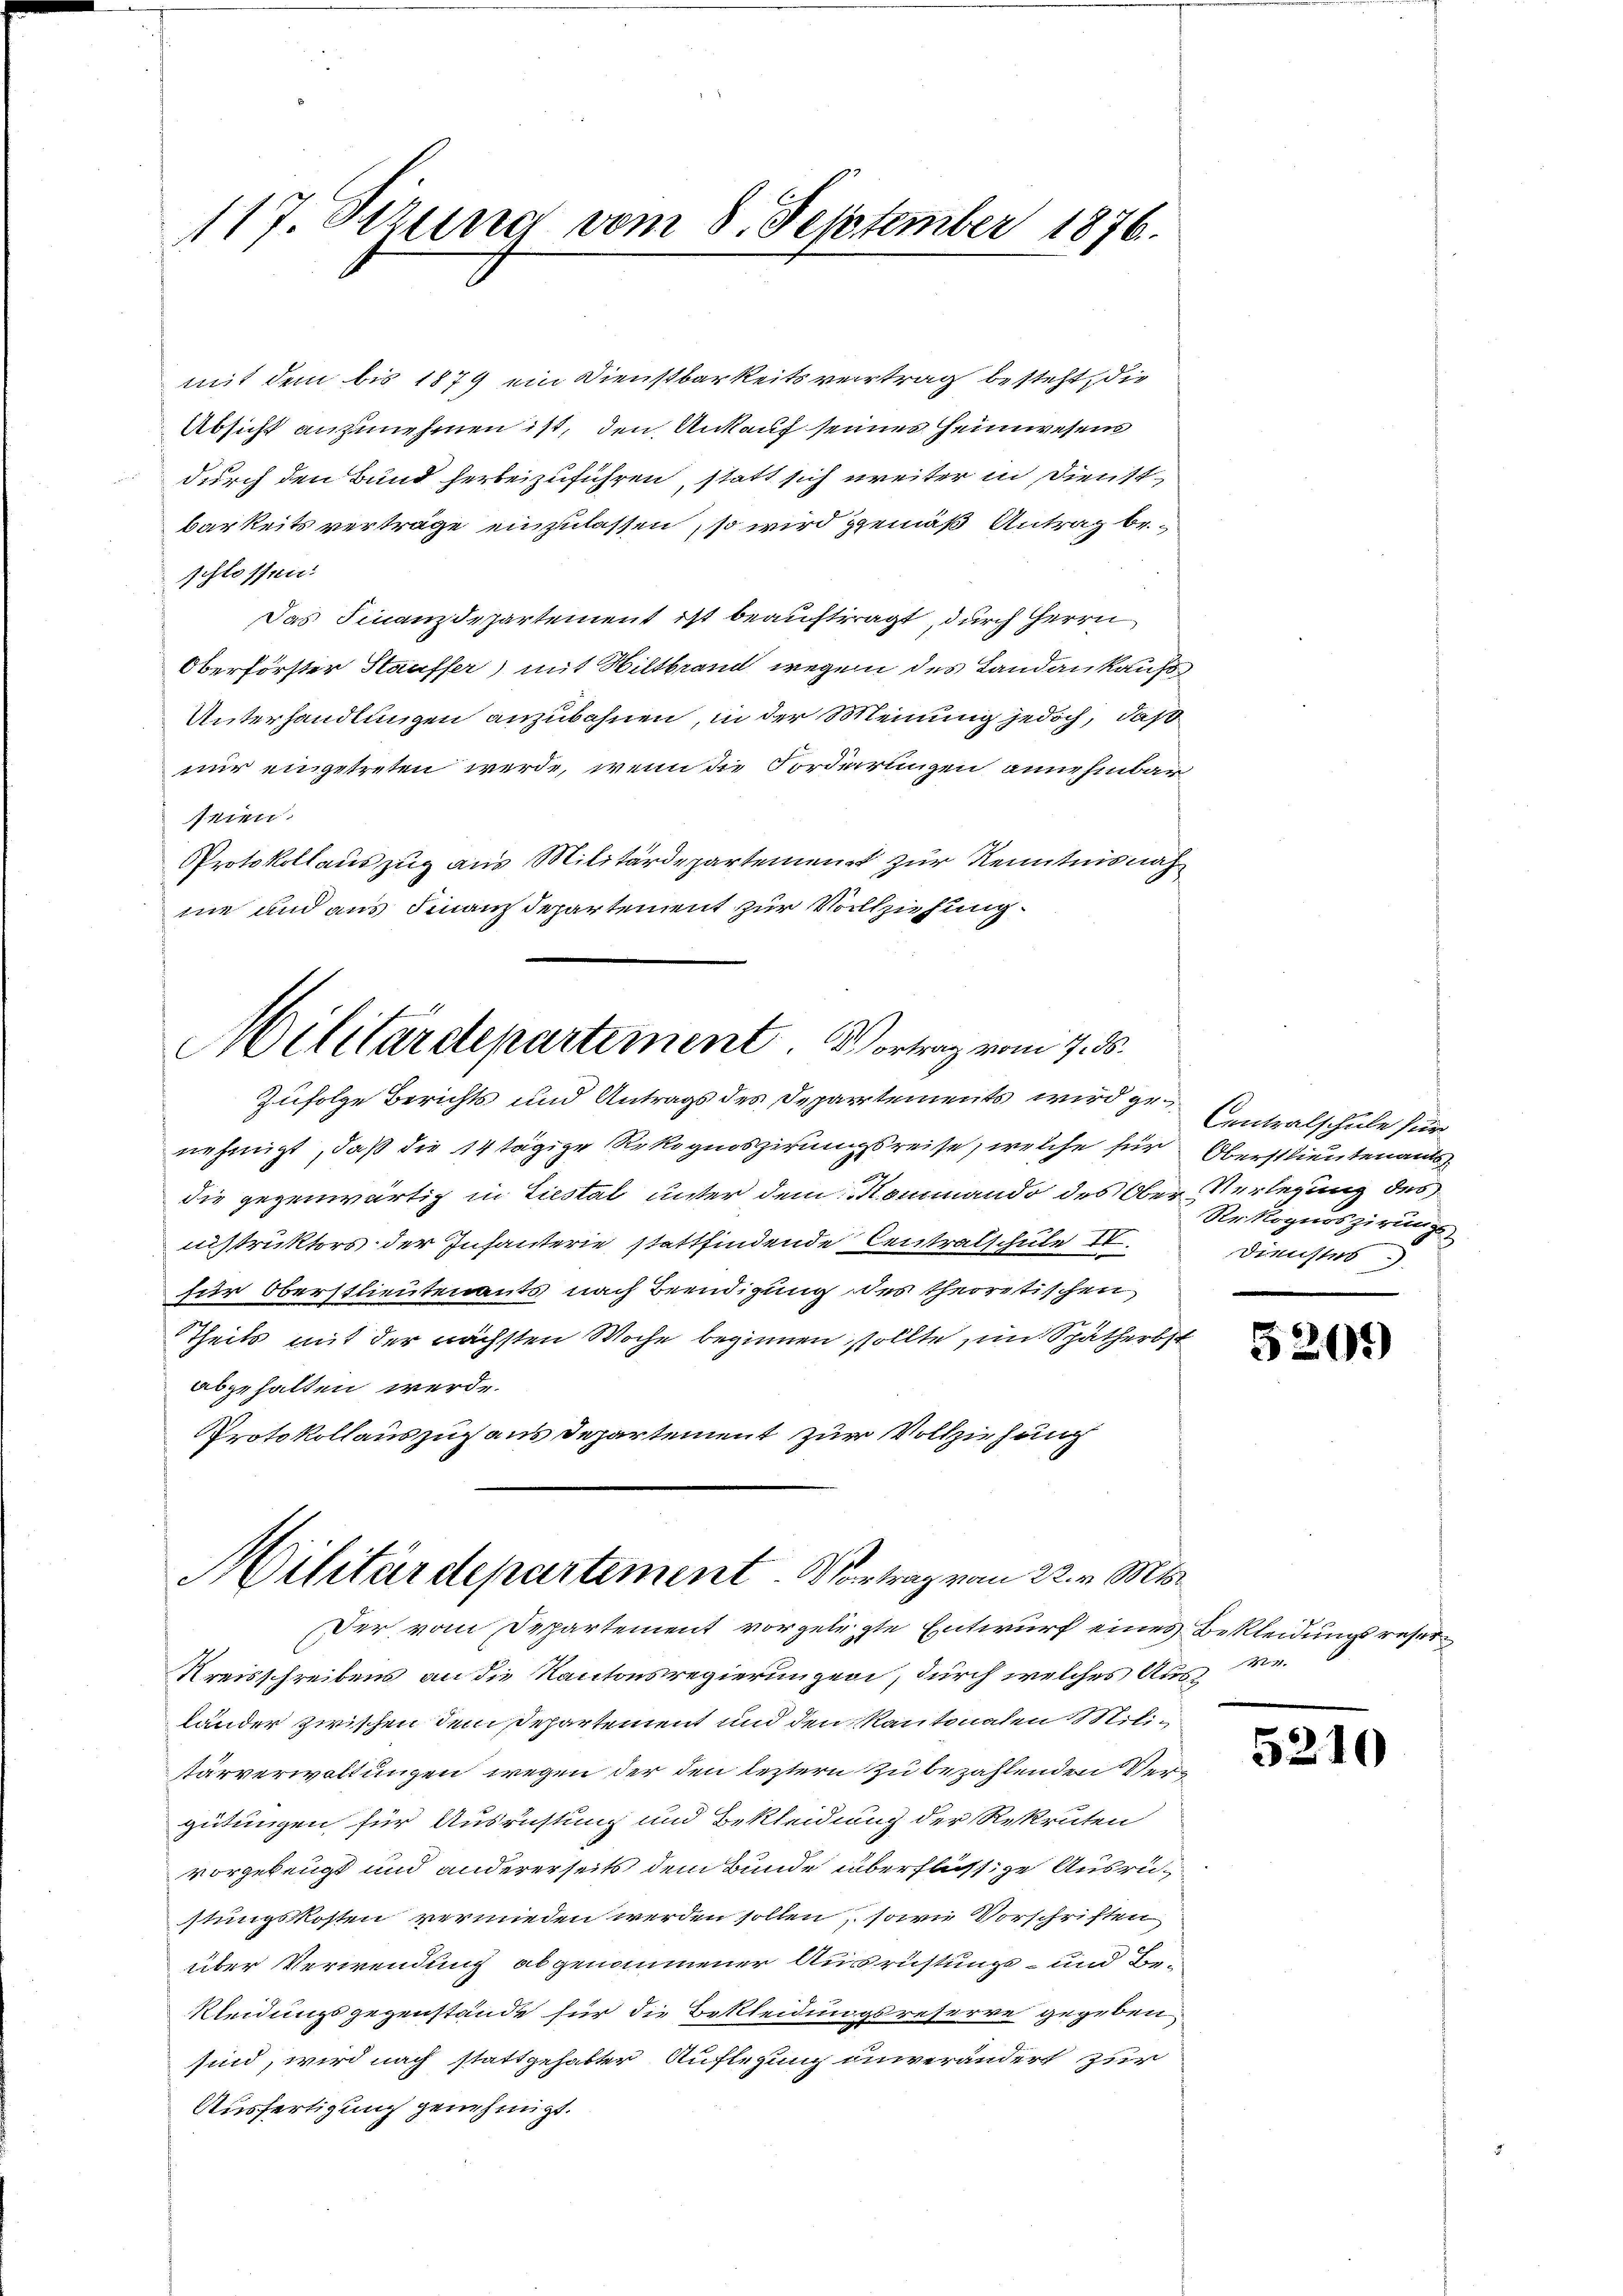
117. Sizung vom 8. September 1876.

mit dem bis 1879 ein Dienstbarkeitsvertrag besteht, die
Absicht anzunehmen ist, den Ankauf seines Heimwesens
durch den Bund herbeizuführen, statt sich weiter in Dienst
barkeits verträge einzulassen, so wird gemäß Antrag beschlossen:
Das Finanzdepartement ist beauftragt, durch Herrn
Oberförster Staufser) mit Hiltbrand wegen des Landankaufs
Unterhandlungen anzubahnen, in der Meinung jedoch, daß
nur eingetreten werde, wenn die Forderungen annehmbar
nien.
Protokollauszug aus Militärdepartement zur Kenntnis näh
ne und aus Finanzdepartement zur Vollziehung
Militärdepartement. Vortrag vom 7. ds.
Zufolge Berichts und Antrags des Departements wird genehmigt, daß die 14 tägige Rekognoszirungsreise, welche für Oberstlieutenants
die gegenwärtig in Liestal unter dem Mommando des Ober-Verlegung des
nistruktors der Infanterie stattfindende Centralschule IV
für Oberstlieutenants nach Beendigung des theoretischen
Theils mit der nächsten Woche beginnen sollte, im Spätherbst
abgehalten werde.
Protokollauszug aus Departement zur Vollziehung

Militärdepartement Vortrag vom 22. v. Mts.
Der vom Departement vorgelegte Entwurf eines Bekleidungsreser

Contralschule für
Rekognoszirung
Dienstes.)

Kreisschreibens an die Kantonsregierungen, durch welches Aus Me
länder zwischen dem Departement und den Kantonalen Militärverwaltungen wegen der den leztern zu bezahlenden Vergütungen für Ausrichtung und Bekleidung der Rekruten
vorgebeugt und andererseits dem Bunde überflüssige Ausrüstungskosten vermieden werden sollen, sowie Vorschriften
über Verwendung abgenommener Ausrüstungs- und Be-
Kleidungsgegenstände für die Bekleidungsreserve gegeben.
sind, wird nach stattgehabter Auflegung unverändert zur
Ausfertigung genehmigt.

5209

5210